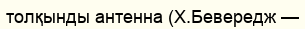
толқынды антенна (Х.Бевередж —